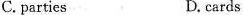
C.parties D. cards